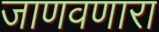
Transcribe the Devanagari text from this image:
जाणवणारा